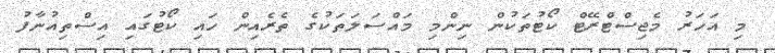
މި އަހަރު މެޖިސްޓްރޭޓް ކޯޓުތަކުން ނިންމި މައްސަލަތަކުގެ ތެރެއިން ހައި ކޯޓުގައި އިސްތިއުނާފު